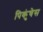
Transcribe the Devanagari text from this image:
पिकुंचेस